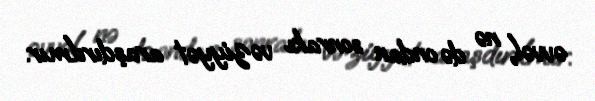
əvvəl, nə də ondan sonrakı vəziyyət araşdırılmır.